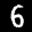
Label: 6